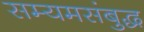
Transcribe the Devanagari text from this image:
सम्यमसंबुद्ध